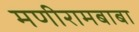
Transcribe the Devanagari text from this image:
मणीरामबाबा